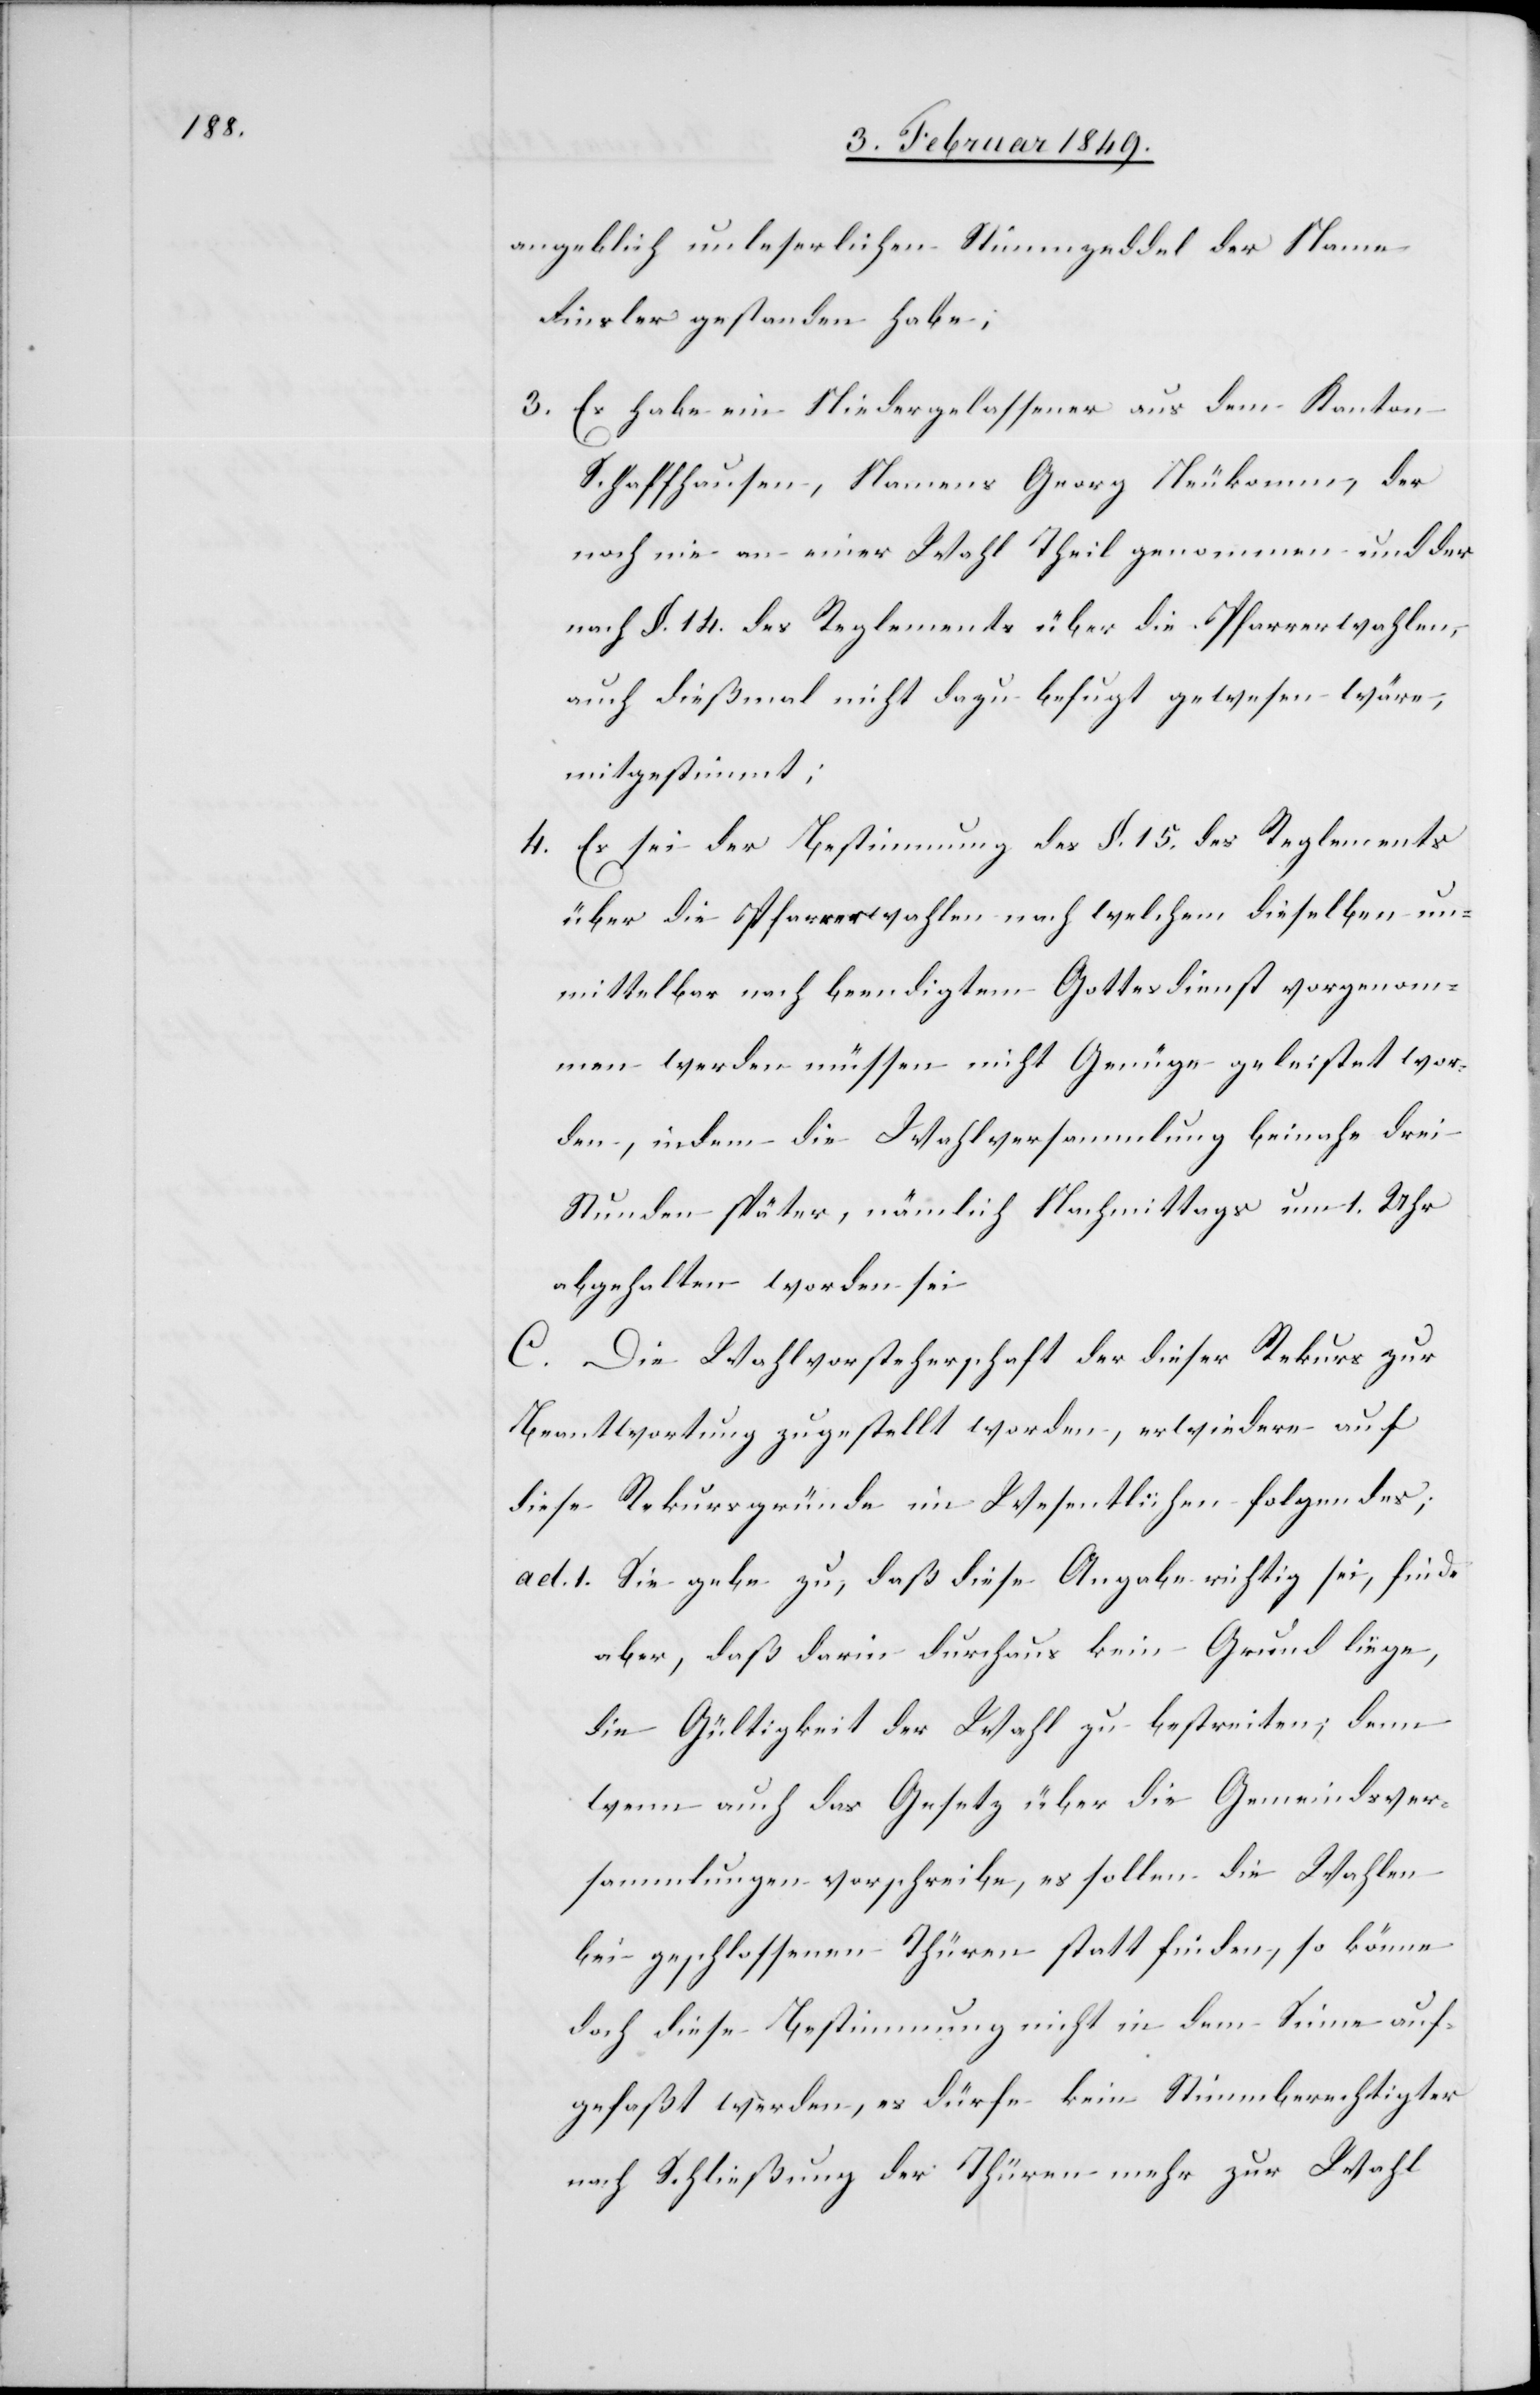
angeblich unleserlichen Stimmzeddel der Name
Finsler gestanden habe;
3. Es habe ein Niedergelassener aus dem Kanton
Schaffhausen, Namens Georg Neukomm, der
noch nie an einer Wahl Theil genommen und der
nach §. 14. des Reglements über die Pfarrerwahlen,
auch dießmal nicht dazu befugt gewesen wäre,
mitgestimmt;
4. Es sei der Bestimmung des §. 15. des Reglements
über die Pfarrerwahlen nach welchem dieselben un¬
mittelbar nach beendigtem Gottesdienst vorgenom¬
men werden müssen nicht Genüge geleistet wor¬
den, indem die Wahlversammlung beinahe drei
Stunden später, nämlich Nachmittags um 1. Uhr
abgehalten worden sei
C. Die Wahlvorsteherschaft der dieser Rekurs zur
Beantwortung zugestellt worden, erwiedere auf
diese Rekursgründe im Wesentlichen folgendes;
ad. 1. Sie gebe zu, daß diese Angabe richtig sei, finde
aber, daß darin durchaus kein Grund liege,
die Gültigkeit der Wahl zu bestreiten; denn
wenn auch das Gesetz über die Gemeindsver¬
sammlungen vorschreibe, es sollen die Wahlen
bei geschlossenen Thüren statt finden, so könne
doch diese Bestimmung nicht in dem Sinne auf¬
gefaßt werden, es dürfe kein Stimmberechtigter
nach Schließung der Thüren mehr zur Wahl